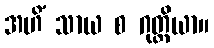
အဟိံ သာယ စ ဂုတ္တိယာ။